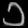
Digit: ၁